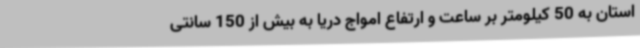
استان به 50 کیلومتر بر ساعت و ارتفاع امواج دریا به بیش از 150 سانتی